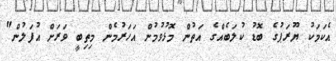
އެކަމަކު ޔޫރަޕުގެ ބޮޑު ކުލަބެއްގެ އަތުން މޮޅުވުމުން އަހަރުމެން މިތިބީ ވަރަށް އުފަލުން"